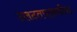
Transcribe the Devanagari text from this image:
उलटतपासणीचा